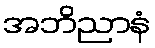
အဘိညာနံ